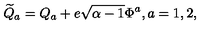
{ \widetilde Q _ { a } } = Q _ { a } + e \sqrt { \alpha - 1 } \Phi ^ { a } , a = 1 , 2 ,